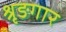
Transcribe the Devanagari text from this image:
श्रृङगार